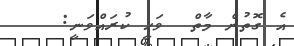
އެ ގޮތުން މާތް  ވަޙީ ކުރައްވަނީ: